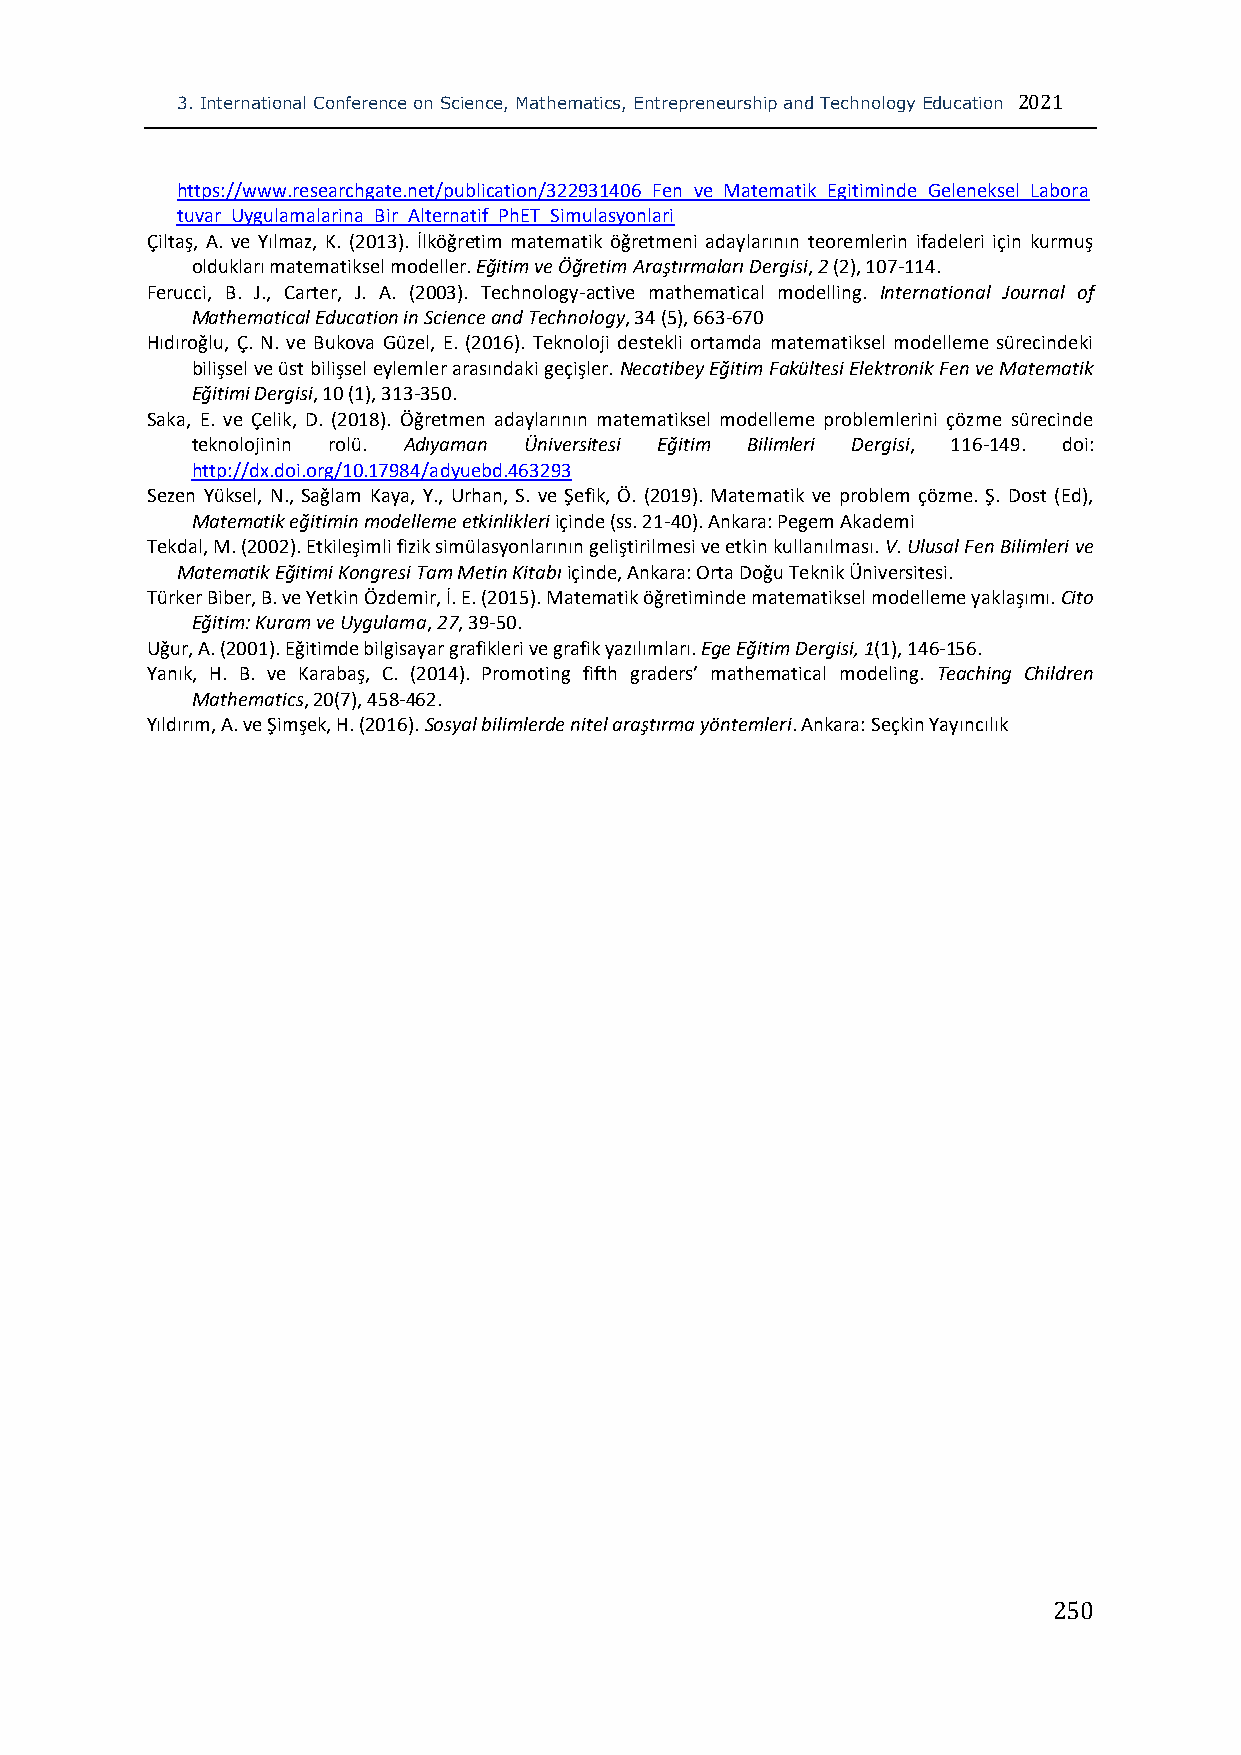
3. International Conference on Science, Mathematics, Entrepreneurship and Technology Education 2021
 https://www.researchgate.net/publication/322931406_Fen_ve_Matematik_Egitiminde_Geleneksel_Labora
 tuvar_Uygulamalarina_Bir_Alternatif_PhET_Simulasyonlari
 Çiltaş, A. ve Yılmaz, K. (2013). İlköğretim matematik öğretmeni adaylarının teoremlerin ifadeleri için kurmuş
 oldukları matematiksel modeller. Eğitim ve Öğretim Araştırmaları Dergisi, 2 (2), 107-114.
 Ferucci, B. J., Carter, J. A. (2003). Technology-active mathematical modelling. International Journal of
 Mathematical Education in Science and Technology, 34 (5), 663-670
 Hıdıroğlu, Ç. N. ve Bukova Güzel, E. (2016). Teknoloji destekli ortamda matematiksel modelleme sürecindeki
 bilişsel ve üst bilişsel eylemler arasındaki geçişler. Necatibey Eğitim Fakültesi Elektronik Fen ve Matematik
 Eğitimi Dergisi, 10 (1), 313-350.
 Saka, E. ve Çelik, D. (2018). Öğretmen adaylarının matematiksel modelleme problemlerini çözme sürecinde
 teknolojinin rolü. Adıyaman Üniversitesi Eğitim Bilimleri Dergisi, 116-149. doi:
 http://dx.doi.org/10.17984/adyuebd.463293
 Sezen Yüksel, N., Sağlam Kaya, Y., Urhan, S. ve Şefik, Ö. (2019). Matematik ve problem çözme. Ş. Dost (Ed),
 Matematik eğitimin modelleme etkinlikleri içinde (ss. 21-40). Ankara: Pegem Akademi
 Tekdal, M. (2002). Etkileşimli fizik simülasyonlarının geliştirilmesi ve etkin kullanılması. V. Ulusal Fen Bilimleri ve
 Matematik Eğitimi Kongresi Tam Metin Kitabı içinde, Ankara: Orta Doğu Teknik Üniversitesi.
 Türker Biber, B. ve Yetkin Özdemir, İ. E. (2015). Matematik öğretiminde matematiksel modelleme yaklaşımı. Cito
 Eğitim: Kuram ve Uygulama, 27, 39-50.
 Uğur, A. (2001). Eğitimde bilgisayar grafikleri ve grafik yazılımları. Ege Eğitim Dergisi, 1(1), 146-156.
 Yanık, H. B. ve Karabaş, C. (2014). Promoting fifth graders’ mathematical modeling. Teaching Children
 Mathematics, 20(7), 458-462.
 Yıldırım, A. ve Şimşek, H. (2016). Sosyal bilimlerde nitel araştırma yöntemleri. Ankara: Seçkin Yayıncılık
 250